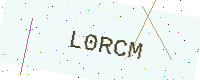
Text: L0RCM